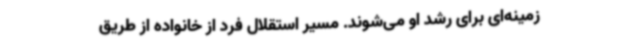
زمینه‌ای برای رشد او می‌شوند. مسیر استقلال فرد از خانواده از طریق